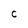
Character: C